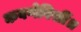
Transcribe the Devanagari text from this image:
कवणेविसीं॥